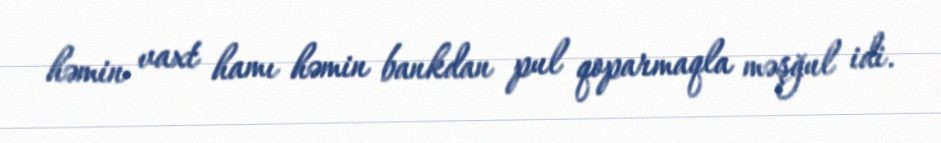
həmin vaxt hamı həmin bankdan pul qoparmaqla məşğul idi.